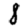
Digit: 8